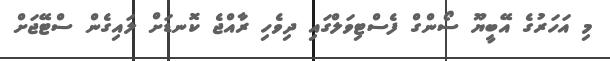
މި އަހަރުގެ އޭބީޔޫ ސޯންގް ފެސްޓިވަލްގައި ދިވެހި ރާއްޖެ ކޮނޑަށް ލައިގެން ސްޓޭޖަށް